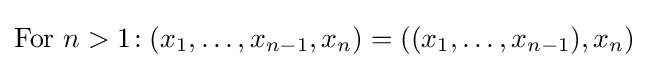
{\text{For }}n>1\!:(x_{1},\ldots ,x_{n-1},x_{n})=((x_{1},\ldots ,x_{n-1}),x_{n})